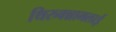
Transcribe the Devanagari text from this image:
थिरुवन्नामलाई